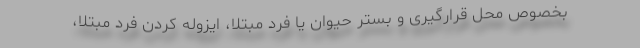
بخصوص محل قرارگیری و بستر حیوان یا فرد مبتلا، ایزوله کردن فرد مبتلا،